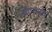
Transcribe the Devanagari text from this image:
ओफ्फल